Serum-therapy of plague in India - Number 20
Disease focus: Plague
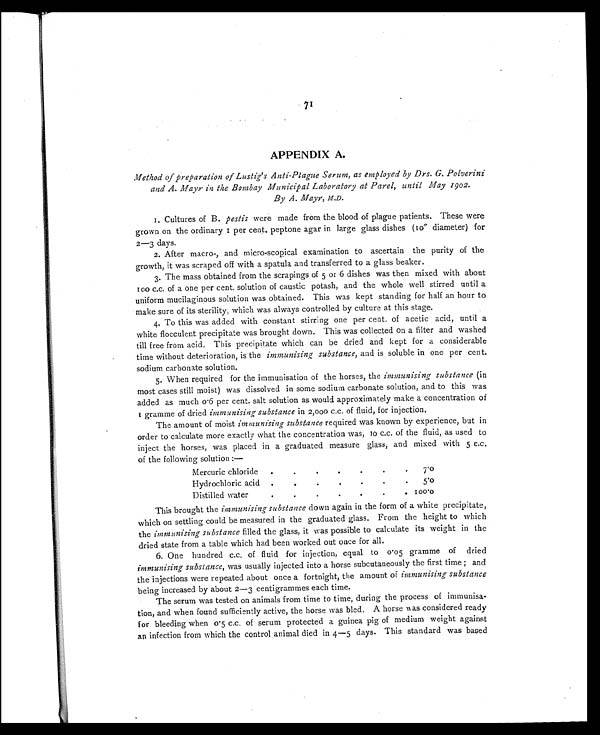
71
APPENDIX A.
Method of preparation of Lustig's Anti-Plague Serum, as employed by Drs. G. Polverini
and A. Mayr in the Bombay Municipal Laboratory at Parel, until May 1902.
By A. Mayr, M.D.
1. Cultures of B. pestis were made from the blood of plague patients. These were
grown on the ordinary 1 per cent. peptone agar in large glass dishes (10" diameter) for
2—3 days.
2. After macro-, and micro-scopical examination to ascertain the purity of the
growth, it was scraped off with a spatula and transferred to a glass beaker.
3. The mass obtained from the scrapings of 5 or 6 dishes was then mixed with about
100 c.c. of a one per cent. solution of caustic potash, and the whole well stirred until a
uniform mucilaginous solution was obtained. This was kept standing for half an hour to
make sure of its sterility, which was always controlled by culture at this stage.
4. To this was added with constant stirring one per cent. of acetic acid, until a
white flocculent precipitate was brought down. This was collected on a filter and washed
till free from acid. This precipitate which can be dried and kept for a considerable
time without deterioration, is the immunising substance, and is soluble in one per cent.
sodium carbonate solution.
5. When required for the immunisation of the horses, the immunising substance (in
most cases still moist) was dissolved in some sodium carbonate solution, and to this was
added as much 0.6 per cent. salt solution as would approximately make a concentration of
1 gramme of driedimmunising substancein 2,000 c.c. of fluid, for injection.
The amount of moist immunising substance required was known by experience, but in
order to calculate more exactly what the concentration was, 10 c.c. of the fluid, as used to
inject the horses, was placed in a graduated measure glass, and mixed with 5 c.c.
of the following solution :—
Mercuric chlorid
. .
.
.
.
.
. 7.0
Hydrochloric acid
. .
.
.
.
.
. 5. 0
Distilled water
.
.
.
.
.
.
. 100.0
This brought the immunising substance down again in the form of a white precipitate,
which on settling could be measured in the graduated glass. From the height to which
the immunising substance filled the glass, it was possible to calculate its weight in the
dried state from a table which had been worked out once for all.
6. One hundred c.c. of fluid for injection, equal to 0.05 gramme of dried
immunising substance, was usually injected into a horse subcutaneously the first time ; and
the injections were repeated about once a fortnight, the amount of immunising substance
being increased by about 2—3 centigrammes each time.
The serum was tested on animals from time to time, during the process of immunisa-
tion, and when found sufficiently active, the horse was bled. A horse was considered ready
for bleeding when 0.5 c.c. of serum protected a guinea pig of medium weight against
an infection from which the control animal died in 4—5 days. This standard was based